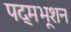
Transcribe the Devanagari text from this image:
पद्मभूशन